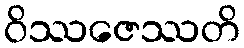
ဝိဿဇေဿတိ